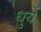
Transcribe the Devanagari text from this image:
धुर्ये